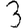
Digit: 3